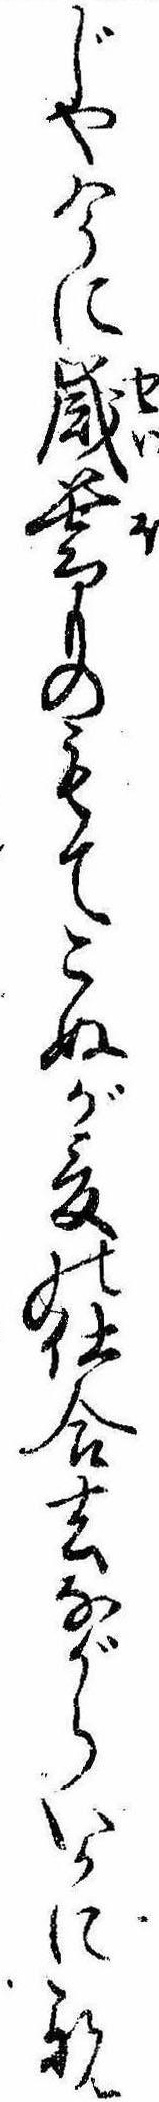
じや今に歳暮ものもてこぬが爰の仕合去ながらいかに親